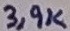
Text: 3,9K